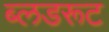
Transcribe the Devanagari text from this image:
ब्लडरूट